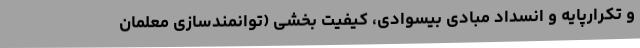
و تکرارپایه و انسداد مبادی بیسوادی، کیفیت بخشی (توانمندسازی معلمان